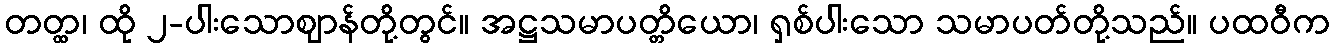
တတ္ထ၊ ထို ၂-ပါးသောဈာန်တို့တွင်။ အဋ္ဌသမာပတ္တိယော၊ ရှစ်ပါးသော သမာပတ်တို့သည်။ ပထဝီက